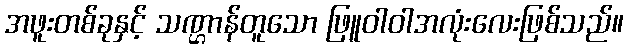
အဖူးတစ်ခုနှင့် သဏ္ဌာန်တူသော ဖြူဝါဝါအလုံးလေးဖြစ်သည်။